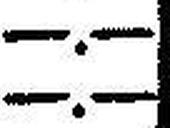
—.—